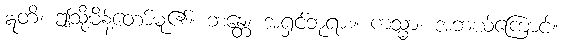
ဣတိ၊ ဤသို့မိန့်တော်မူ၏။ ဘန္တေ၊ အရှင်ဘုရား။ ကသ္မာ၊ အဘယ်ကြောင့်။